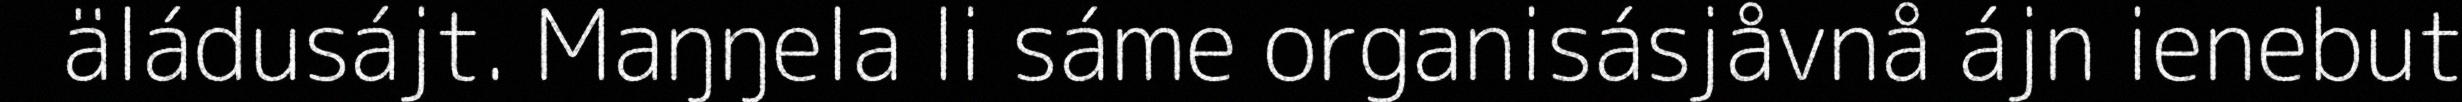
äládusájt. Maŋŋela li sáme organisásjåvnå ájn ienebut